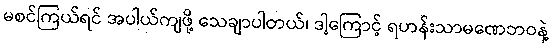
မစင်ကြယ်ရင် အပါယ်ကျဖို့ သေချာပါတယ်၊ ဒါ့ကြောင့် ရဟန်းသာမဏေဘဝနဲ့